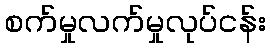
စက်မှုလက်မှုလုပ်ငန်း